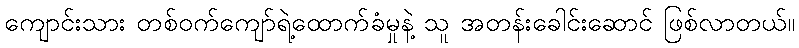
ကျောင်းသား တစ်ဝက်ကျော်ရဲ့ထောက်ခံမှုနဲ့ သူ အတန်းခေါင်းဆောင် ဖြစ်လာတယ်။